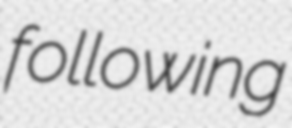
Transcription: following